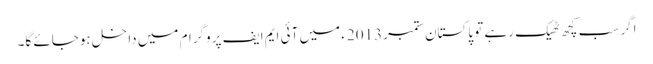
اگر سب کچھ ٹھیک رہے تو پاکستان ستمبر 2013ء میں آئی ایم ایف پروگرام میں داخل ہوجائے گا۔